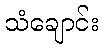
သံချောင်း